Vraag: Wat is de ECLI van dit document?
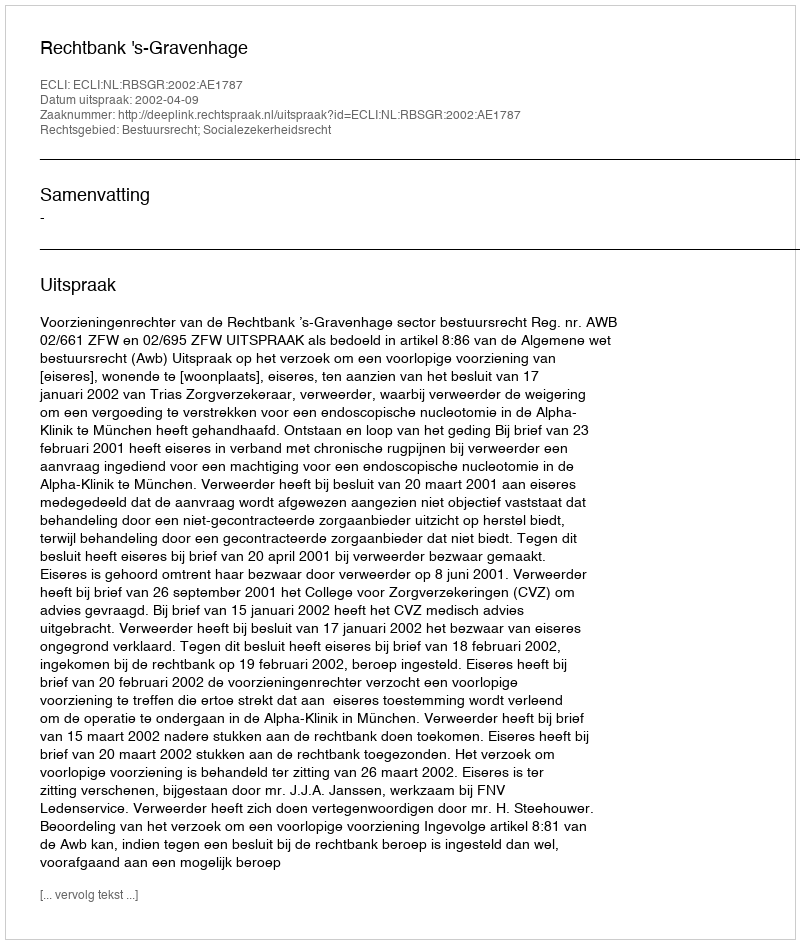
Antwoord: ECLI:NL:RBSGR:2002:AE1787